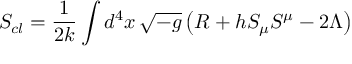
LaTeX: S _ { c l } = \frac { 1 } { 2 k } \int d ^ { 4 } x \, \sqrt { - g } \left( R + h S _ { \mu } S ^ { \mu } - 2 \Lambda \right)